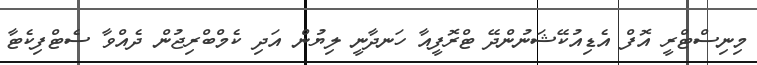
މިނިސްޓްރީ އޮފް އެޑިއުކޭޝަނުންދޭ ޓްރޮފީއާ ހަނދާނީ ލިޔުން އަދި ކެމްބްރިޖުން ދެއްވާ ސެޓްފިކެޓާ